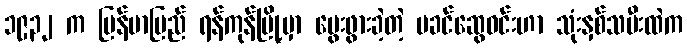
၁၉၃၂ က မြန်မာပြည် ရန်ကုန်မြို့မှာ မွေးဖွားခဲ့တဲ့ မခင်ဆွေဝင်းဟာ သုံးနှစ်သမီးထဲက